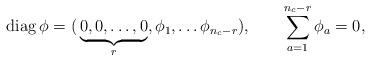
LaTeX: \begin{align*}{\hbox {\rm diag}} \, \phi =(\, {\underbrace {0,0, \ldots, 0}_{r}}, \phi_1, \ldots \phi_{n_c-r} ), \qquad \sum_{a=1}^{n_c-r} \phi_a=0,\end{align*}